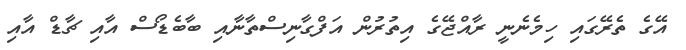
އޭގެ ތެރޭގައި ހިމެނެނީ ރާއްޖޭގެ އިތުރުން އަފްގާނިސްތާނާއި ބާބެޑޯސް އާއި ޗާޑް އާއި